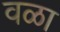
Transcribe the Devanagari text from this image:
वळा